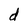
Character: d